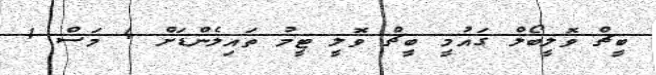
ބީޗް ވޮލީބޯލް ގައުމީ ބީޗް ވޮލީ ޓީމު ތައިލެންޑަށް 4 މަސް 1